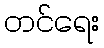
တင်ရေး